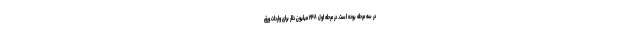
در سه مرحله بوده است. در مرحله اول ۲۴۸ میلیون دلار برای واردات ورق